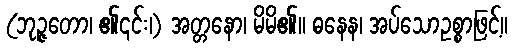
(ဘုဉ္ဇတော၊ ၏၎င်း၊) အတ္တနော၊ မိမိ၏။ ဓနေန၊ အပ်သောဥစ္စာဖြင့်။